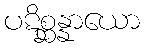
ပဋိစ္ဆန္နာယော